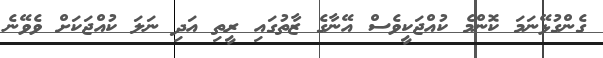
ގެންގުޅޭނަމަ ކޮންމެ ކުއްޖަކީވެސް އޭނާގެ ޒާތުގައި ރީތި އަދި ނަލަ ކުއްޖަކަށް ވެވޭނެ